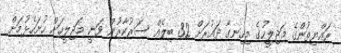
ރައްޔިތުންގެ މަޖިލީހުގެ މިހިނގާ ދައުރަށް 32 ބިލެއް ސަރުކާރުން ވަނީ މަޖިލީހަށް ހުށަހެޅުމަށް